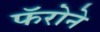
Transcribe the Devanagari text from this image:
फॅरोने